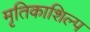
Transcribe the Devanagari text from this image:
मृतिकाशिल्प